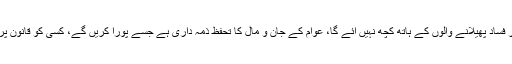
رانا ثناء اللہ نے مزید کہا کہ انتشار اور فساد پھیلانے والوں کے ہاتھ کچھ نہیں آئے گا، عوام کے جان و مال کا تحفظ ذمہ داری ہے جسے پورا کریں گے، کسی کو قانون پر اثرانداز ہونے کی اجازت نہیں ہو گی۔